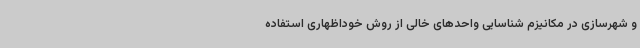
و شهرسازی در مکانیزم شناسایی واحدهای خالی از روش خوداظهاری استفاده